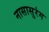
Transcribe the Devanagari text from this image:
नासासुरंग